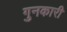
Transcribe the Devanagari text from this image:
गुनकारी